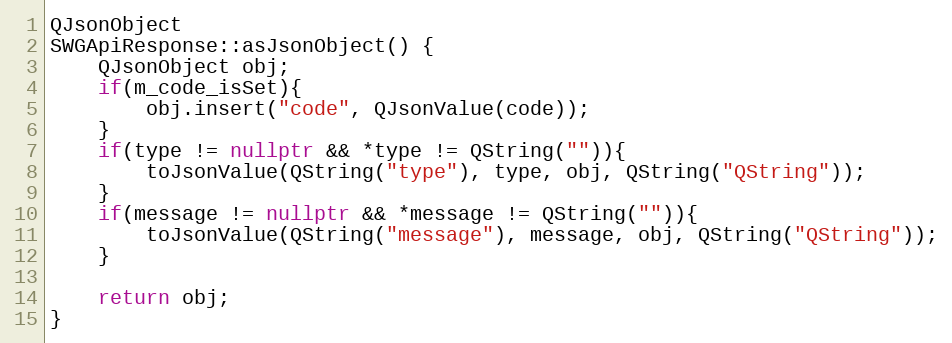
Language: C++
QJsonObject
SWGApiResponse::asJsonObject() {
    QJsonObject obj;
    if(m_code_isSet){
        obj.insert("code", QJsonValue(code));
    }
    if(type != nullptr && *type != QString("")){
        toJsonValue(QString("type"), type, obj, QString("QString"));
    }
    if(message != nullptr && *message != QString("")){
        toJsonValue(QString("message"), message, obj, QString("QString"));
    }

    return obj;
}